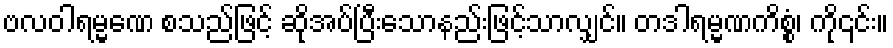
ဗလဝါရမ္မဏေ စသည်ဖြင့် ဆိုအပ်ပြီးသောနည်းဖြင့်သာလျှင်။ တဒါရမ္မဏကိစ္စံ၊ ကို၎င်း။